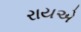
રાયએ